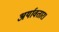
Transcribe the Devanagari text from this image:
अर्यावतार।